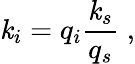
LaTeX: \mathit{k}_{i}=q_{i}\frac{{\mathit{k}_{s}}}{{q_{s}}}\; ,